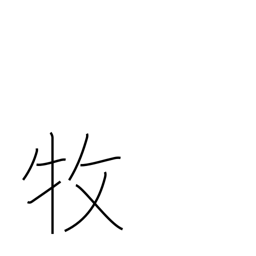
Meaning: care for